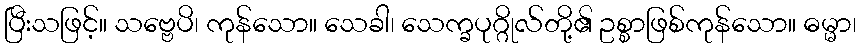
ပြီးသဖြင့်။ သဗ္ဗေပိ၊ ကုန်သော။ သေခါ၊ သေက္ခပုဂ္ဂိုလ်တို့၏ ဥစ္စာဖြစ်ကုန်သော။ ဓမ္မာ၊